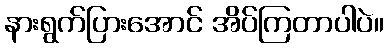
နားရွက်ပြားအောင် အိပ်ကြတာပါပဲ။